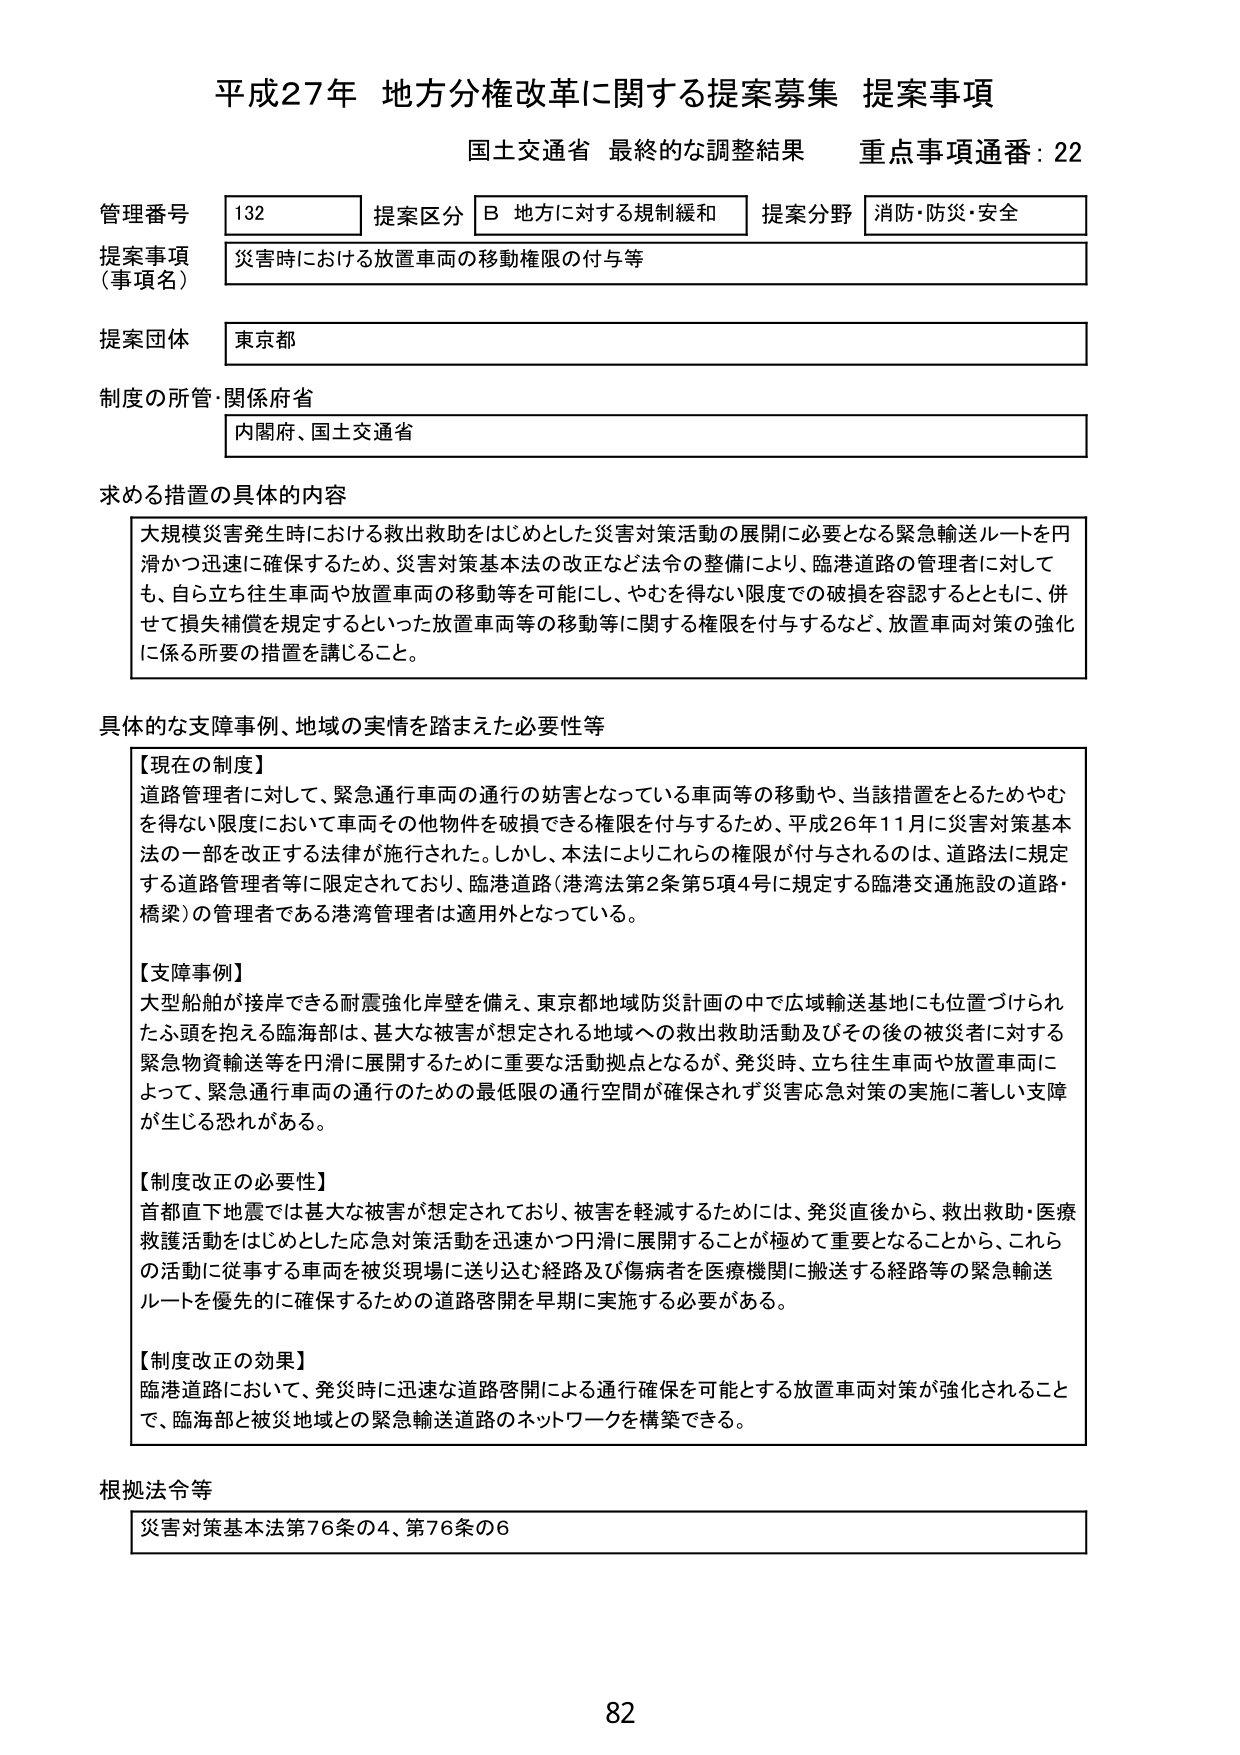
平成27年 地方分権改革に関する提案募集 提案事項
国土交通省 最終的な調整結果 重点事項通番：22

管理番号 132 提案区分 B 地方に対する規制緩和 提案分野 消防・防災・安全
提案事項（事項名） 災害時における放置車両の移動権限の付与等
提案団体 東京都
制度の所管・関係府省 内閣府、国土交通省

求める措置の具体的内容
大規模災害発生時における救出救助をはじめとした災害対策活動の展開に必要となる緊急輸送ルートを円滑かつ迅速に確保するため、災害対策基本法の改正など法令の整備により、臨港道路の管理者に対しても、自ら立ち往生車両や放置車両の移動等を可能にし、やむを得ない限度での破損を容認するとともに、併せて損失補償を規定するといった放置車両等の移動等に関する権限を付与するなど、放置車両対策の強化に係る所要の措置を講じること。

具体的な支障事例、地域の実情を踏まえた必要性等
【現在の制度】
道路管理者に対して、緊急通行車両の通行の妨害となっている車両等の移動や、当該措置をとるためやむを得ない限度において車両その他物件を破損できる権限を付与するため、平成26年11月に災害対策基本法の一部を改正する法律が施行された。しかし、本法によりこれらの権限が付与されるのは、道路法に規定する道路管理者等に限定されており、臨港道路（港湾法第2条第5項4号に規定する臨港交通施設の道路・橋梁）の管理者である港湾管理者は適用外となっている。

【支障事例】
大型船舶が接岸できる耐震強化岸壁を備え、東京都地域防災計画の中で広域輸送基地にも位置づけられたふ頭を抱える臨海部は、甚大な被害が想定される地域への救出救助活動及びその後の被災者に対する緊急物資輸送等を円滑に展開するために重要な活動拠点となるが、発災時、立ち往生車両や放置車両によって、緊急通行車両の通行のための最低限の通行空間が確保されず災害応急対策の実施に著しい支障が生じる恐れがある。

【制度改正の必要性】
首都直下地震では甚大な被害が想定されており、被害を軽減するためには、発災直後から、救出救助・医療救護活動をはじめとした応急対策活動を迅速かつ円滑に展開することが極めて重要となることから、これらの活動に従事する車両を被災現場に送り込む経路及び傷病者を医療機関に搬送する経路等の緊急輸送ルートを優先的に確保するための道路啓開を早期に実施する必要がある。

【制度改正の効果】
臨港道路において、発災時に迅速な道路啓開による通行確保を可能とする放置車両対策が強化されることで、臨海部と被災地域との緊急輸送道路のネットワークを構築できる。

根拠法令等
災害対策基本法第76条の4、第76条の6

82